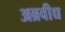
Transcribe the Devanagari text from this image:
अब्रवीच्च